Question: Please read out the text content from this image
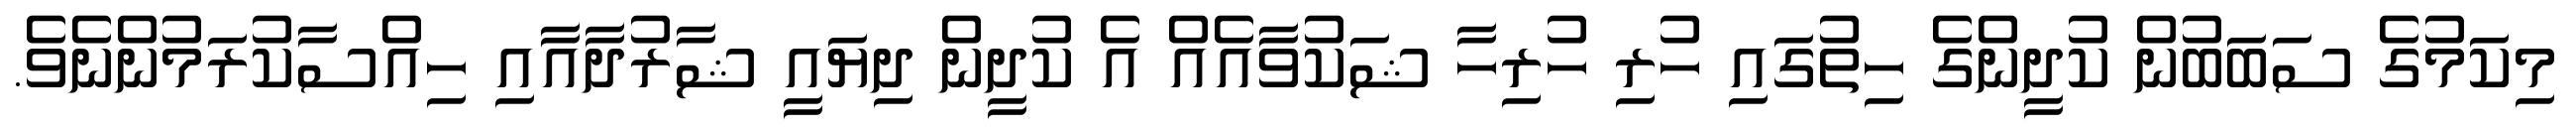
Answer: މިކަމުގެ ސަބަބުން ކުދީންގެ ހިތުގައި ހުރި ހުރިހާ ޝަކުވާއެއް އެ ކުދީން ދިޔައީ ޝާރުދާއާއި ހިއްސާކުރަމުންނެވެ.